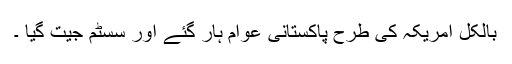
بالکل امریکہ کی طرح پاکستانی عوام ہار گئے اور سسٹم جیت گیا ۔